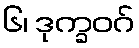
၆၊ ဒုက္ခဝဂ်